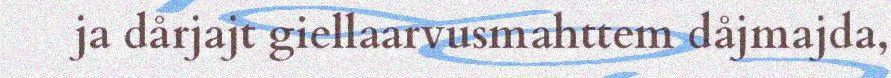
ja dårjajt giellaarvusmahttem dåjmajda,